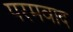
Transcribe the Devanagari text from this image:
परमवाद